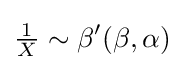
{\tfrac {1}{X}}\sim \beta '(\beta ,\alpha )